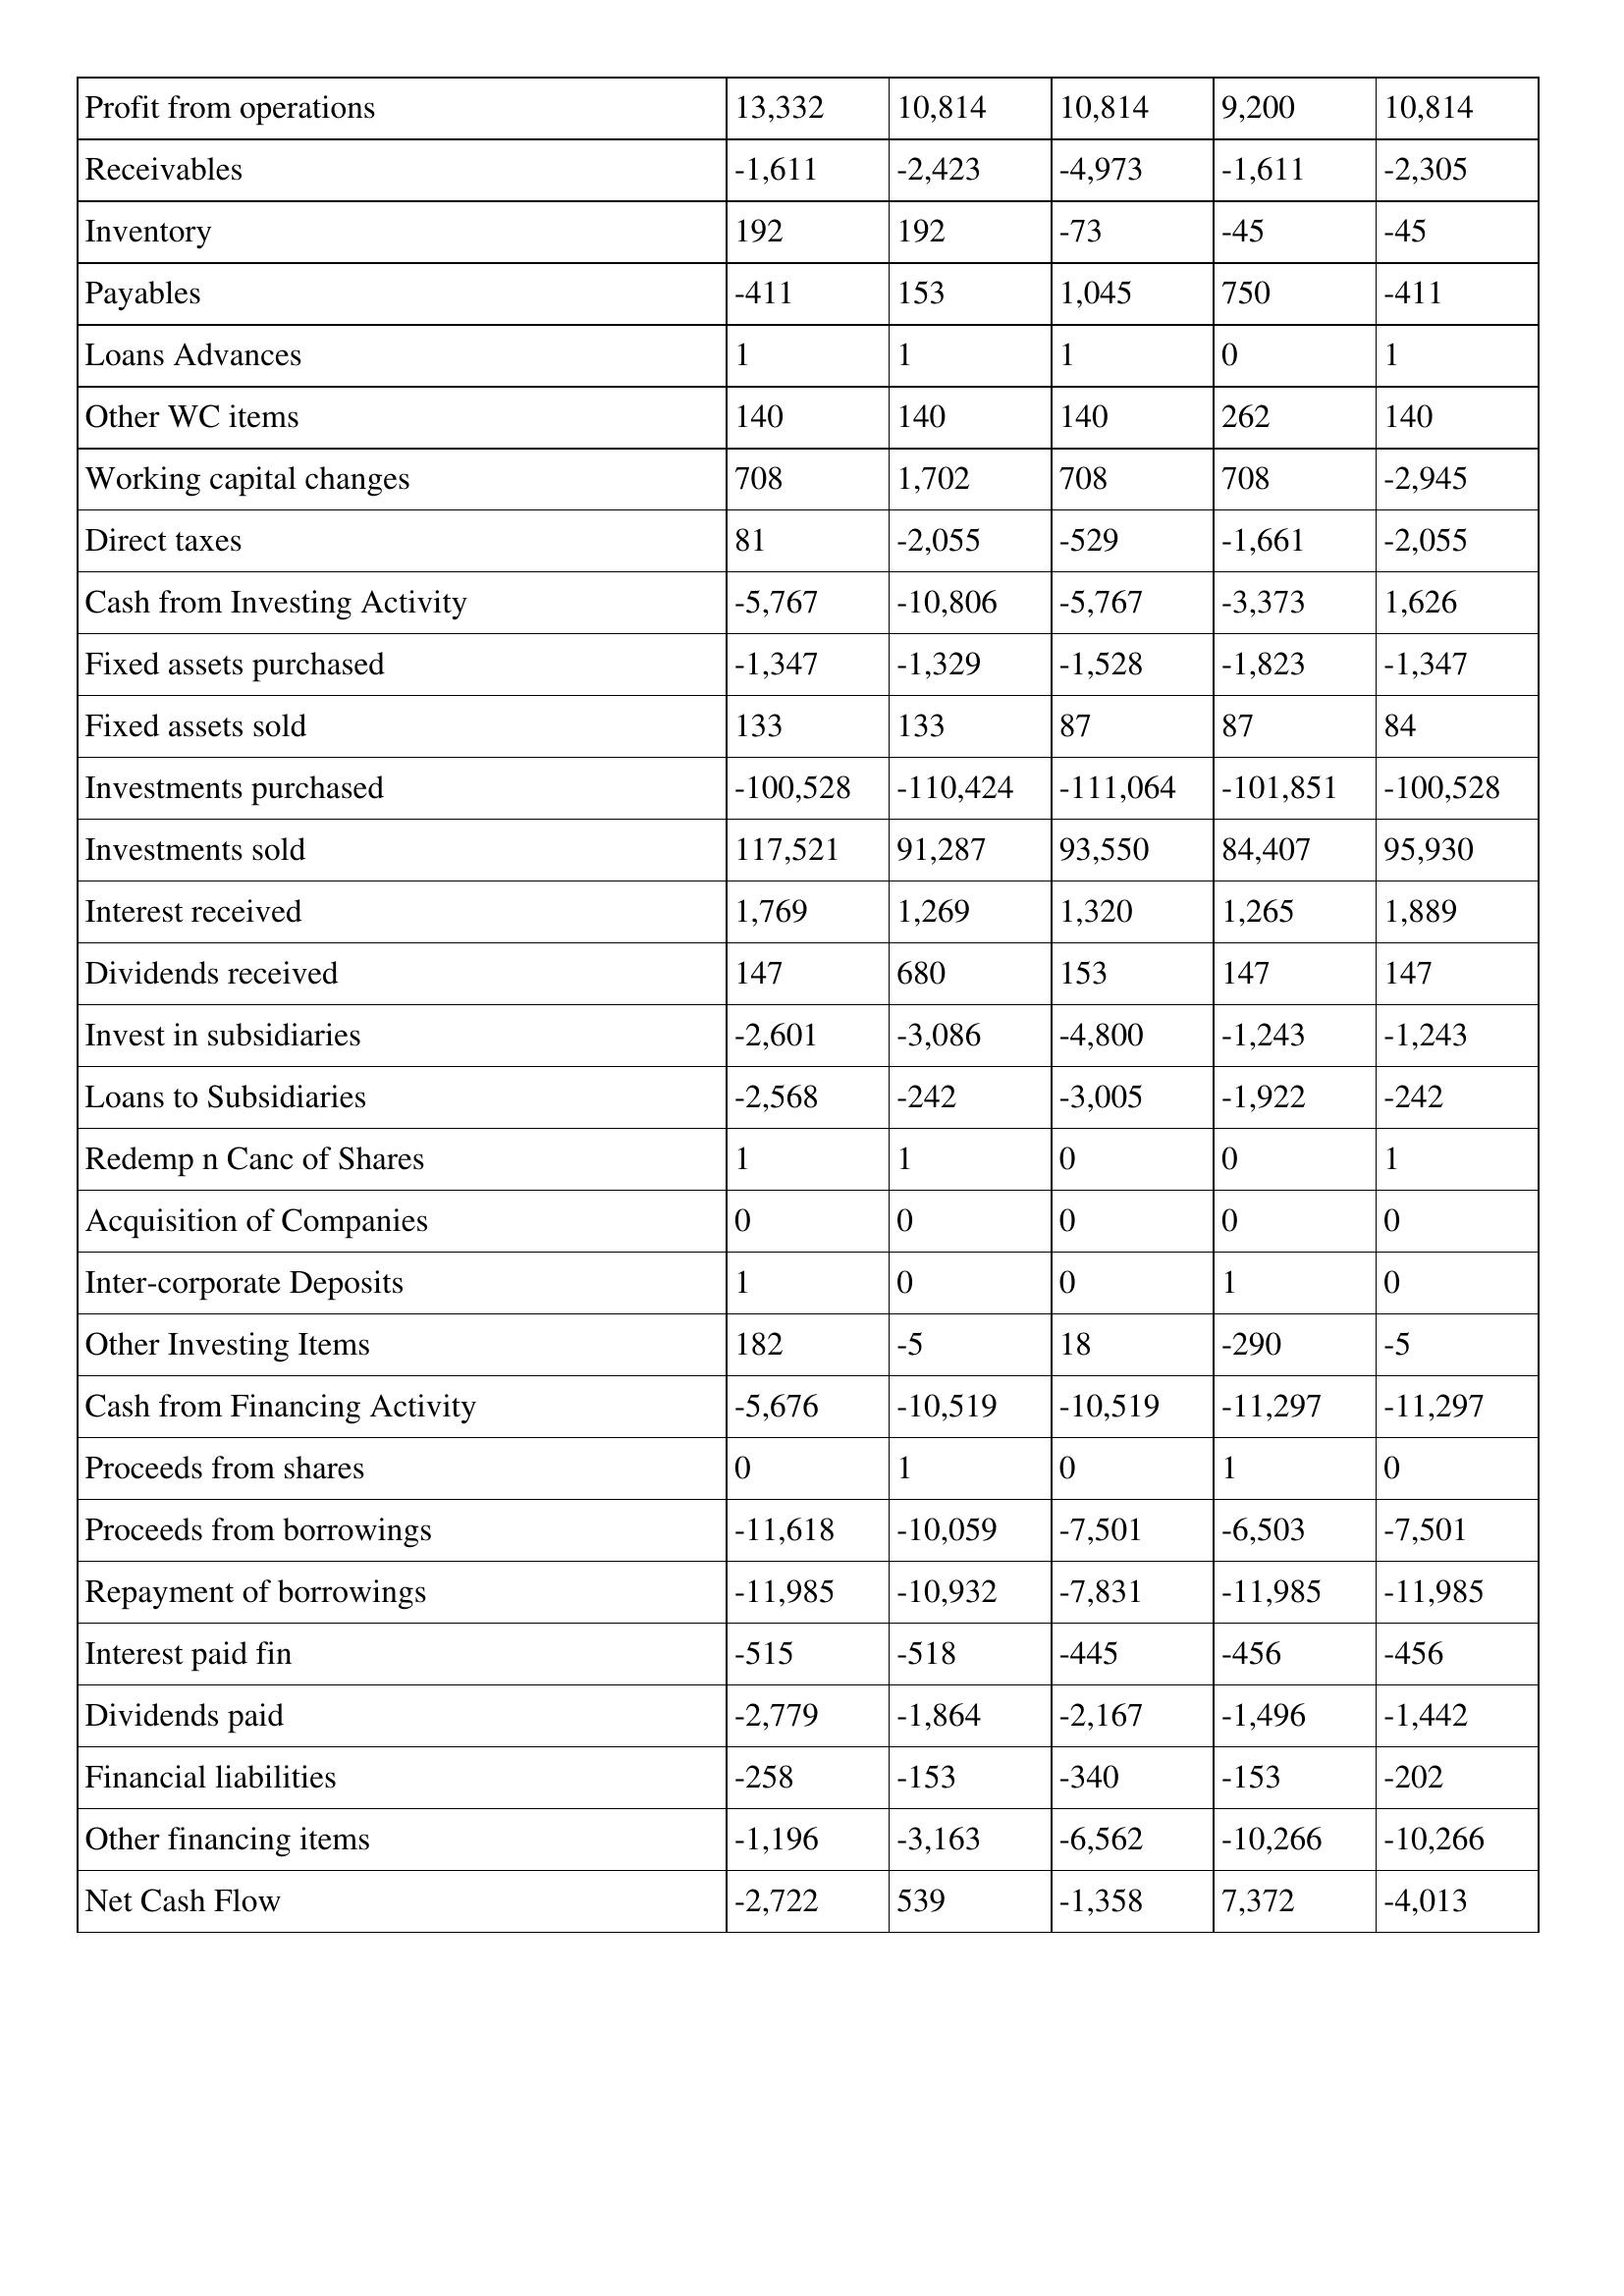
gt_parse: 2007: Cash Flows: Profit from operations: 13,332
Receivables: -1,611
Inventory: 192
Payables: -411
Loans Advances: 1
Other WC items: 140
Working capital changes: 708
Direct taxes: 81
Cash from Investing Activity: -5,767
Fixed assets purchased: -1,347
Fixed assets sold: 133
Investments purchased: -100,528
Investments sold: 117,521
Interest received: 1,769
Dividends received: 147
Invest in subsidiaries: -2,601
Loans to Subsidiaries: -2,568
Redemp n Canc of Shares: 1
Acquisition of Companies: 0
Inter-corporate Deposits: 1
Other Investing Items: 182
Cash from Financing Activity: -5,676
Proceeds from shares: 0
Proceeds from borrowings: -11,618
Repayment of borrowings: -11,985
Interest paid fin: -515
Dividends paid: -2,779
Financial liabilities: -258
Other financing items: -1,196
Net Cash Flow: -2,722
2006: Cash Flows: Profit from operations: 10,814
Receivables: -2,423
Inventory: 192
Payables: 153
Loans Advances: 1
Other WC items: 140
Working capital changes: 1,702
Direct taxes: -2,055
Cash from Investing Activity: -10,806
Fixed assets purchased: -1,329
Fixed assets sold: 133
Investments purchased: -110,424
Investments sold: 91,287
Interest received: 1,269
Dividends received: 680
Invest in subsidiaries: -3,086
Loans to Subsidiaries: -242
Redemp n Canc of Shares: 1
Acquisition of Companies: 0
Inter-corporate Deposits: 0
Other Investing Items: -5
Cash from Financing Activity: -10,519
Proceeds from shares: 1
Proceeds from borrowings: -10,059
Repayment of borrowings: -10,932
Interest paid fin: -518
Dividends paid: -1,864
Financial liabilities: -153
Other financing items: -3,163
Net Cash Flow: 539
2005: Cash Flows: Profit from operations: 10,814
Receivables: -4,973
Inventory: -73
Payables: 1,045
Loans Advances: 1
Other WC items: 140
Working capital changes: 708
Direct taxes: -529
Cash from Investing Activity: -5,767
Fixed assets purchased: -1,528
Fixed assets sold: 87
Investments purchased: -111,064
Investments sold: 93,550
Interest received: 1,320
Dividends received: 153
Invest in subsidiaries: -4,800
Loans to Subsidiaries: -3,005
Redemp n Canc of Shares: 0
Acquisition of Companies: 0
Inter-corporate Deposits: 0
Other Investing Items: 18
Cash from Financing Activity: -10,519
Proceeds from shares: 0
Proceeds from borrowings: -7,501
Repayment of borrowings: -7,831
Interest paid fin: -445
Dividends paid: -2,167
Financial liabilities: -340
Other financing items: -6,562
Net Cash Flow: -1,358
2004: Cash Flows: Profit from operations: 9,200
Receivables: -1,611
Inventory: -45
Payables: 750
Loans Advances: 0
Other WC items: 262
Working capital changes: 708
Direct taxes: -1,661
Cash from Investing Activity: -3,373
Fixed assets purchased: -1,823
Fixed assets sold: 87
Investments purchased: -101,851
Investments sold: 84,407
Interest received: 1,265
Dividends received: 147
Invest in subsidiaries: -1,243
Loans to Subsidiaries: -1,922
Redemp n Canc of Shares: 0
Acquisition of Companies: 0
Inter-corporate Deposits: 1
Other Investing Items: -290
Cash from Financing Activity: -11,297
Proceeds from shares: 1
Proceeds from borrowings: -6,503
Repayment of borrowings: -11,985
Interest paid fin: -456
Dividends paid: -1,496
Financial liabilities: -153
Other financing items: -10,266
Net Cash Flow: 7,372
2003: Cash Flows: Profit from operations: 10,814
Receivables: -2,305
Inventory: -45
Payables: -411
Loans Advances: 1
Other WC items: 140
Working capital changes: -2,945
Direct taxes: -2,055
Cash from Investing Activity: 1,626
Fixed assets purchased: -1,347
Fixed assets sold: 84
Investments purchased: -100,528
Investments sold: 95,930
Interest received: 1,889
Dividends received: 147
Invest in subsidiaries: -1,243
Loans to Subsidiaries: -242
Redemp n Canc of Shares: 1
Acquisition of Companies: 0
Inter-corporate Deposits: 0
Other Investing Items: -5
Cash from Financing Activity: -11,297
Proceeds from shares: 0
Proceeds from borrowings: -7,501
Repayment of borrowings: -11,985
Interest paid fin: -456
Dividends paid: -1,442
Financial liabilities: -202
Other financing items: -10,266
Net Cash Flow: -4,013